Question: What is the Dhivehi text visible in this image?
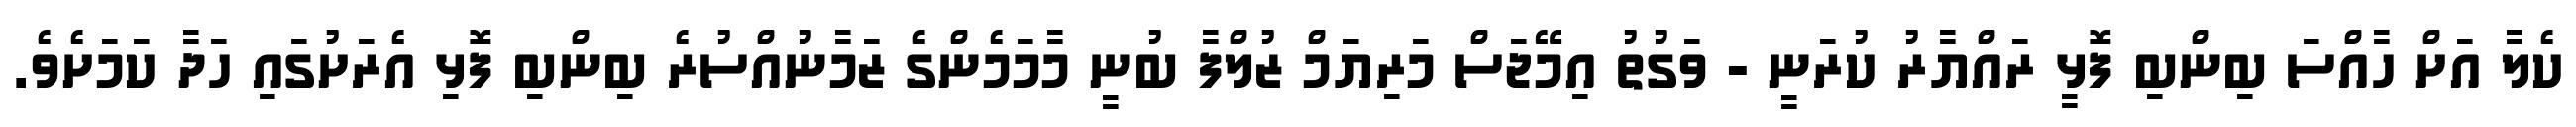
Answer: ކެލާ އަށް ހާއްސަ ބިންބި ފޮޅީ ރައްޔާރު ކުރަނީ - ވަގުތު އިމޭޖަސް މަރިޔަމް ޒުލްފާ ބުނީ މާމަމެންގެ ޒަމާނުއްސުރެ ބިންބި ފޮޅި އެރަށުގައި ހަދާ ކަމަށެވެ.